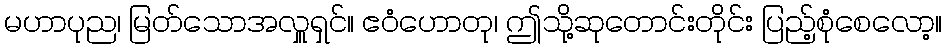
မဟာပုည၊ မြတ်သောအလှူရှင်။ ဧဝံဟောတု၊ ဤသို့ဆုတောင်းတိုင်း ပြည့်စုံစေလော့။